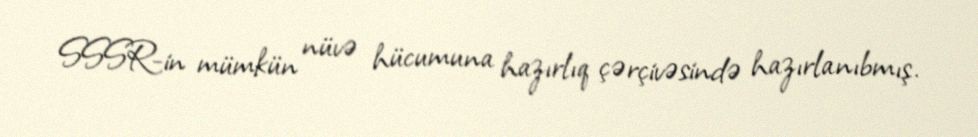
SSSR-in mümkün nüvə hücumuna hazırlıq çərçivəsində hazırlanıbmış.